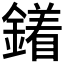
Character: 𨬣